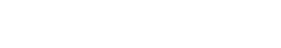
သို့သော်လည်း သူဆက်ပြောသည်။